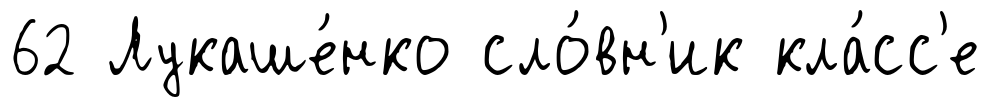
62 Лукаше́нко сло́вн'ик кла́сс'е